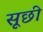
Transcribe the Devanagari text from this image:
सूछी